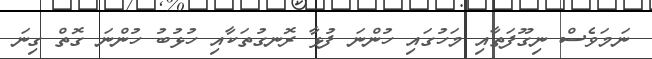
ނަމަވެސް ނިގޫފަތާއި މަހުގައި ހުންނަ ފުޅާ ރޮނގުތަކާއި ހުޅުބު ހުންނަ ގޮތް ގިނަ